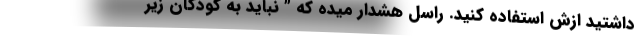
داشتید ازش استفاده کنید. راسل هشدار میده که ” نباید به کودکان زیر